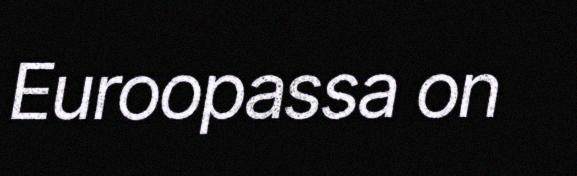
Euroopassa on